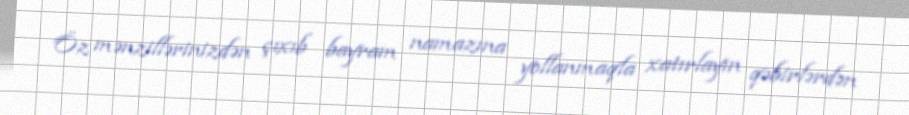
Öz mənzillərinizdən çıxıb bayram namazına yollanmaqla xatırlayın qəbirlərdən